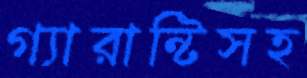
গ্যারান্টিসহ